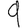
Digit: 9